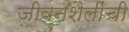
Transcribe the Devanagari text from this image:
जीवनशैलींची